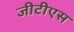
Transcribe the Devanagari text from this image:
जीटीएस